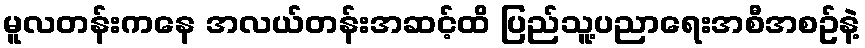
မူလတန်းကနေ အလယ်တန်းအဆင့်ထိ ပြည်သူ့ပညာရေးအစီအစဥ်နဲ့